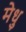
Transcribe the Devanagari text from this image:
मेधु